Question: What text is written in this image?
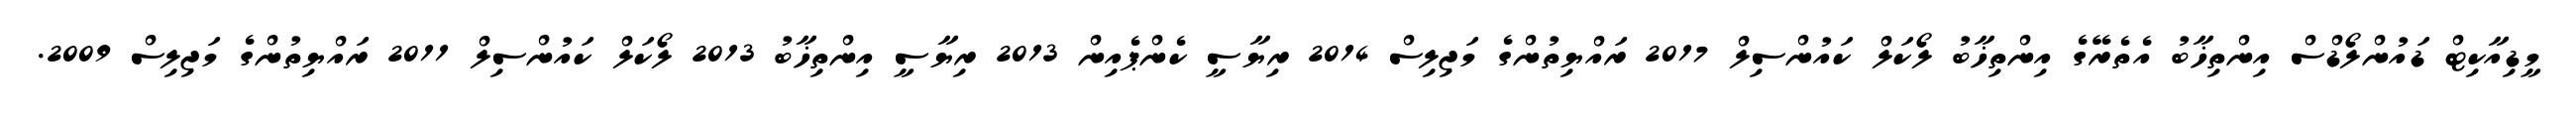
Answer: މީޑިއާކިޓް ޑައުންލޯޑްސް އިންތިޚާބު އެތެރޭގެ އިންތިޚާބު ލޯކަލް ކައުންސިލް 2017 ރައްޔިތުންގެ މަޖިލިސް 2014 ރިޔާސީ ކެންޕެއިން 2013 ރިޔާސީ އިންތިޚާބު 2013 ލޯކަލް ކައުންސިލް 2011 ރައްޔިތުންގެ މަޖިލިސް 2009.